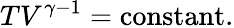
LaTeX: TV^{\gamma-1}={\mathrm{constant}}.